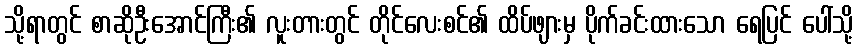
သို့ရာတွင် စာဆိုဦးအောင်ကြီး၏ လူးတားတွင် တိုင်လေးစင်၏ ထိပ်ဖျားမှ ပိုက်ခင်းထားသော ရေပြင် ပေါ်သို့